Laane_maakonnavalitsus, lk 9
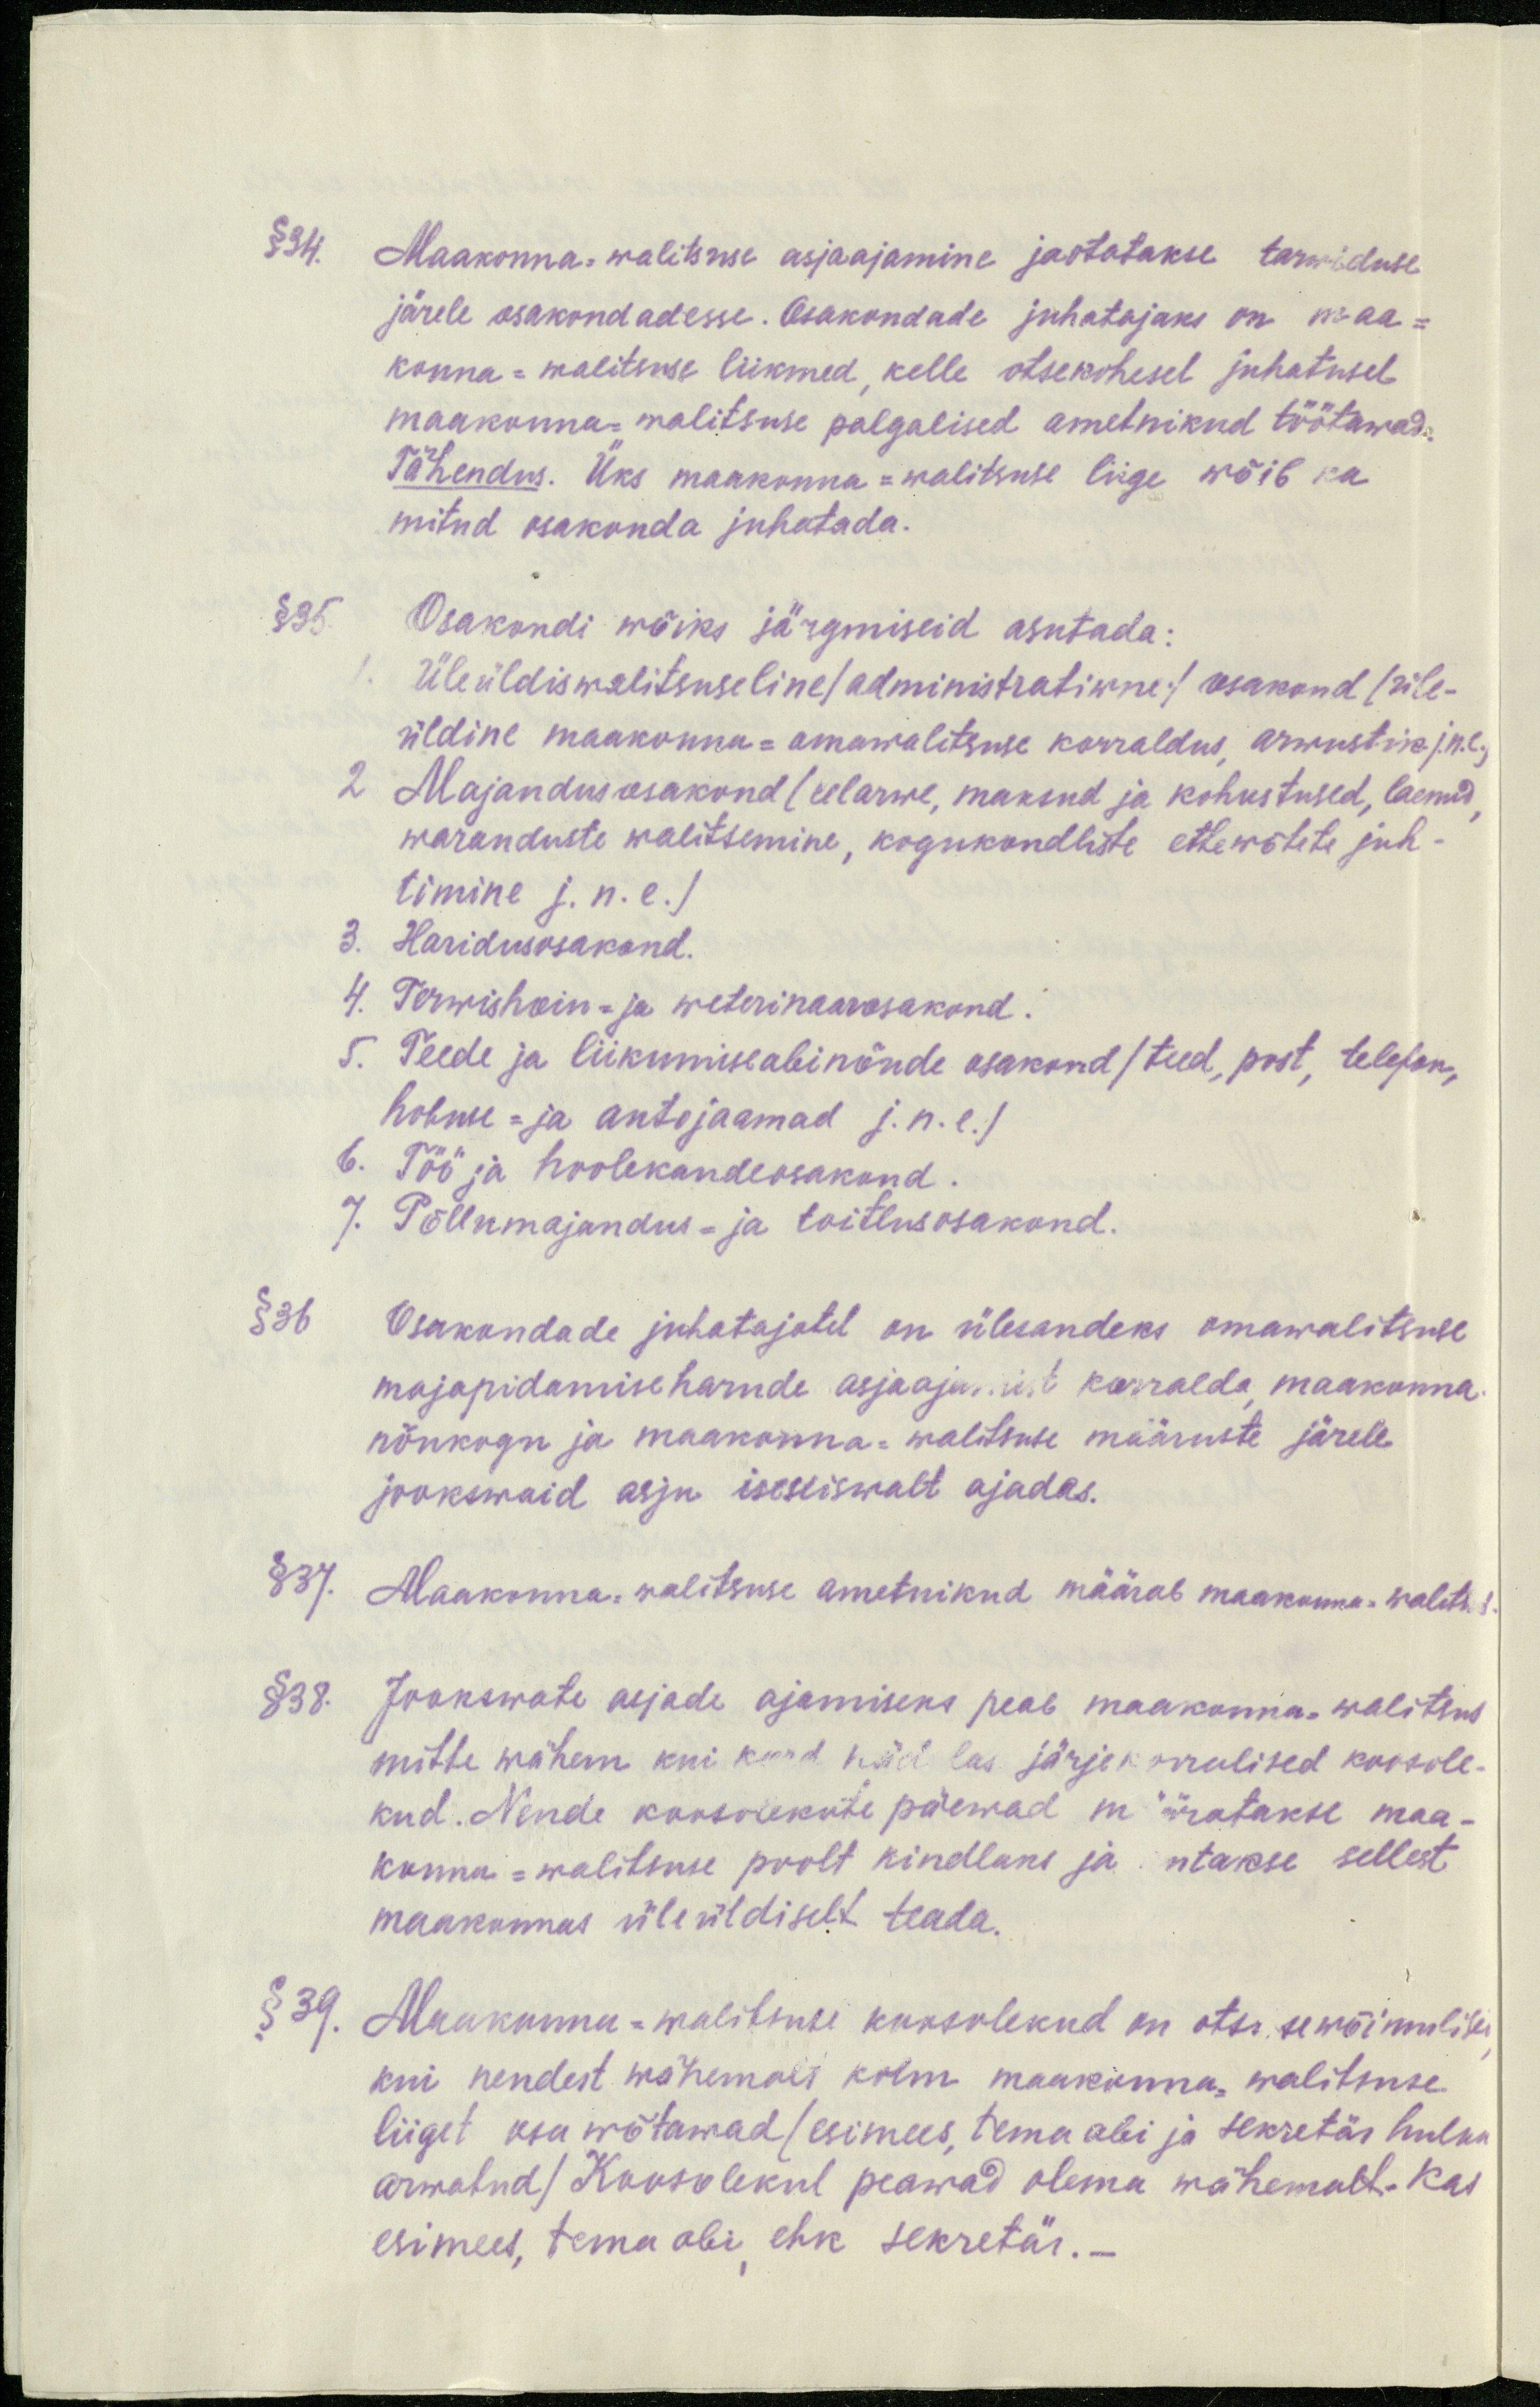
§ 34. Maakonna-walitsuse asjaajamine jaotatakse tarwiduse
järele osakondadesse. Osakondade juhatajaks on maa-
konna-walitsuse liikmed, kelle otsekohesel juhatusel
maakonna-malitsuse palgalised ametnikud töötawad.
Tähendus. Üks maakonna-walitsuse liige wõib ka
mitud osakonda juhatada.
§ 35.
Osakondi wõiks järgmiseid asutada:
Üleüldiswalitsuseline/administratiwne/ osakond (üle-
üldine maakonna-amawalitsuse korraldus, arwustiks jne.
2. Majandusosakond (eelarwe, maksud ja kohustused, laenud,
waranduste walitsemine, kogukondliste ettewõtete juh-
timine j.n.e.)
3. Haridusosakond.
4. Terwishoiu- ja weterinaarosakond.
5. Teede ja liikumiseabinõude osakond /teed, post, telefon,
hobuse-ja autojaamad j.n.e.)
6. Töö ja hoolekandeosakond,
7. Põllumajandus- ja toitlusosakond.
§ 36 Osakondade juhatajatel on ülesandeks omawalitsuse
majapidamiseharude asjaajamist korralda maakonna
nõukogu ja maakonna-walitsuse määruste järele
jookswaid asju iseseiswalt ajadas.
§ 37. Maakonna-walitsuse ametnikud määrab maakonna walitsa-
§ 38. Jookswate asjade ajamiseks peab maakonna walitsus
mitte wähem kui kord nädalas järjekorralised koosole-
kud. Nende koosolekute päewad määratakse maa-
konna-walitsuse poolt kindlaks ja antakse sellest
maakonnas üleüldiselt teada.
§ 39. Maakonna-walitsuse koosolekud on otsusewõimulised
kui nendest wähemalt kolm maakonna walitsuse
liiget osa wõtawad /esimees, tema abi ja sekretär hulka
arwatud/ Koosolekul peawad olema wähemalt. Kas
esimees, tema abi ehk sekretär. -